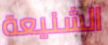
الشنيعة